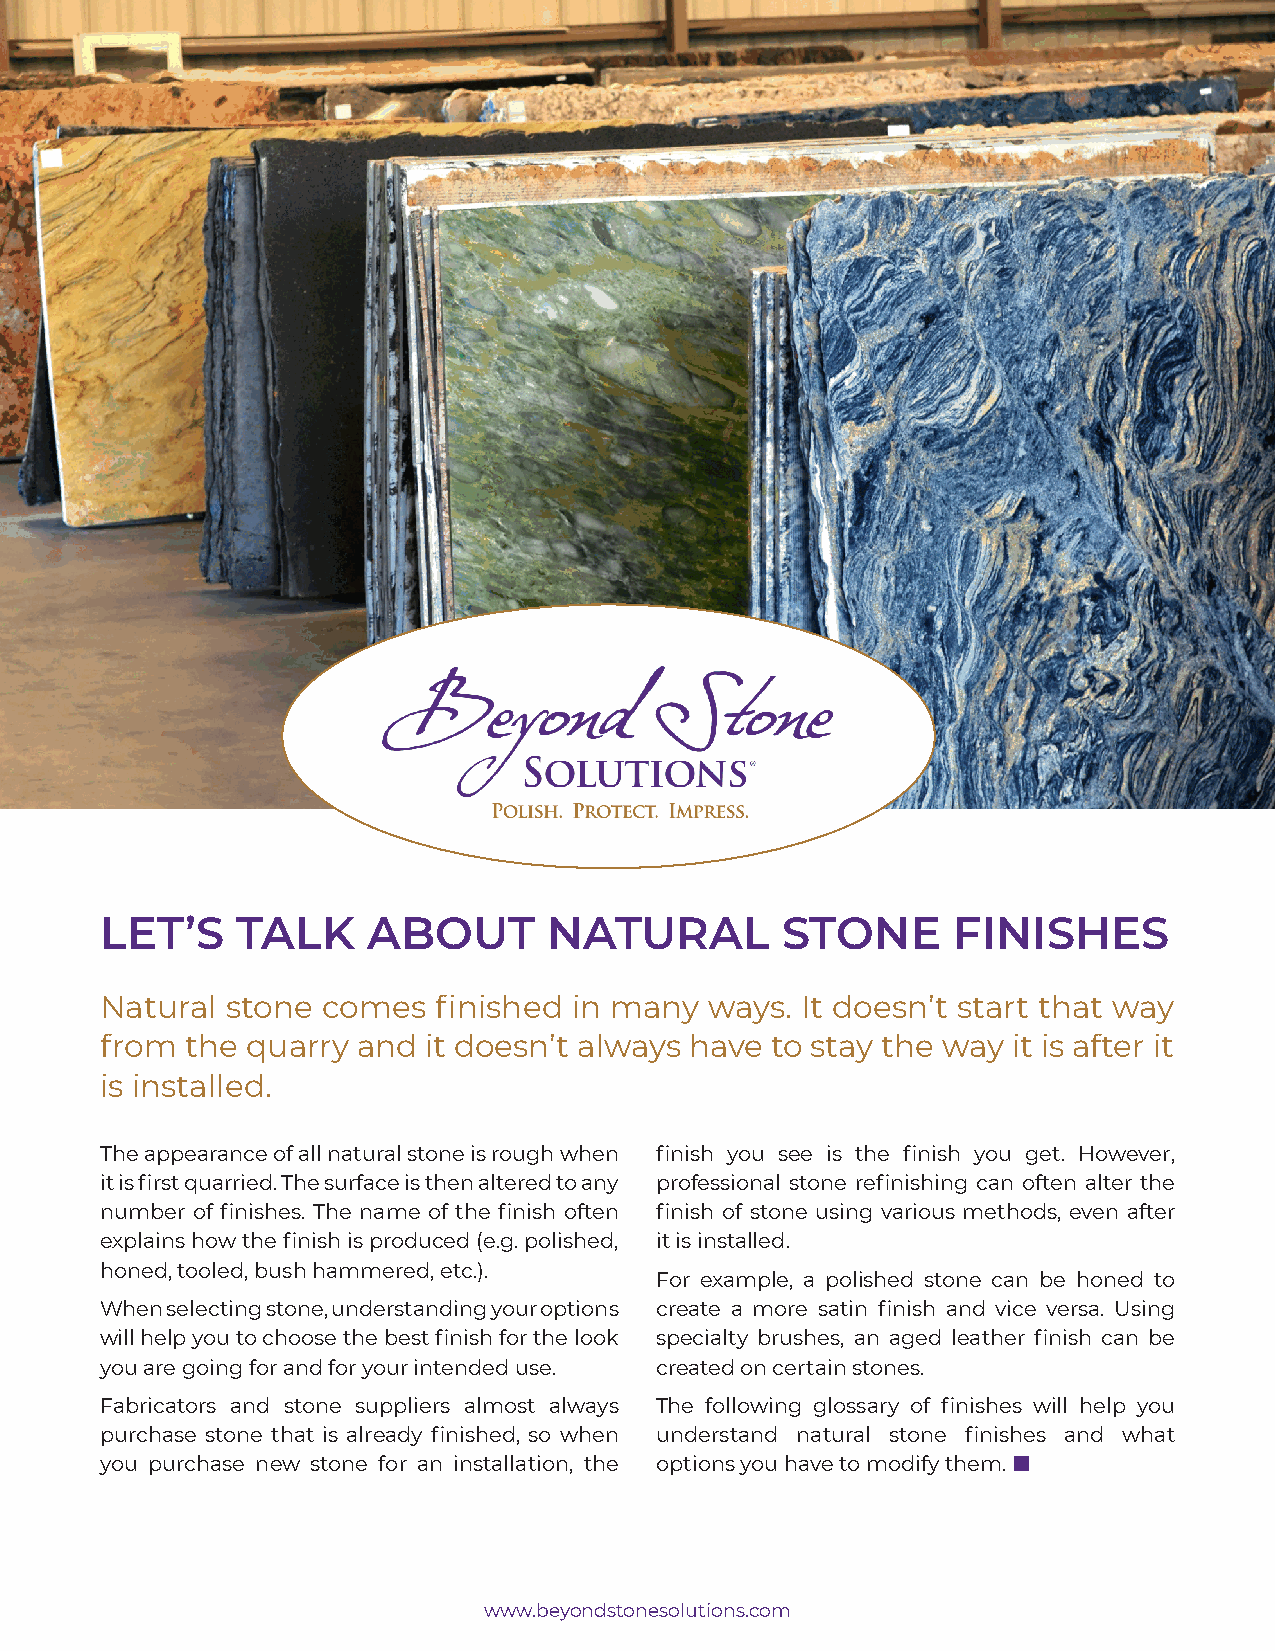
LET’S    TALK    ABOUT       NATURAL         STONE      FINISHES
 Natural stone comes   finished in many  ways. It doesn’t start that way
 from the quarry  and it doesn’t always have to stay the way it is after it
 is installed.
 The appearance of all natural stone is rough when finish you see is the finish you get. However,
 it is first quarried. The surface is then altered to any professional stone refinishing can often alter the
 number of finishes. The name of the finish often finish of stone using various methods, even after
 explains how the finish is produced (e.g. polished, it is installed.
 honed, tooled, bush hammered, etc.).
 For example, a polished stone can be honed to
 When selecting stone, understanding your options create a more satin finish and vice versa. Using
 will help you to choose the best finish for the look specialty brushes, an aged leather finish can be
 you are going for and for your intended use. created on certain stones.
 Fabricators and stone suppliers almost always The following glossary of finishes will help you
 purchase stone that is already finished, so when understand natural stone finishes and what
 you purchase new stone for an installation, the options you have to modify them. 
 www.beyondstonesolutions.com